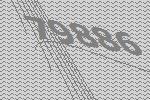
79886